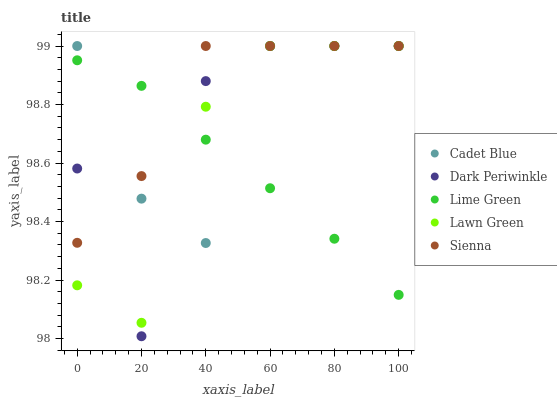
| xaxis_label | Cadet Blue | Dark Periwinkle | Lime Green | Lawn Green | Sienna |
 | --- | --- | --- | --- | --- | --- |
 | 0 | 99 | 98.6 | 99 | 98.2 | 98.3 |
 | 20 | 98.5 | 98 | 98.9 | 98.1 | 98.6 |
 | 40 | 98.3 | 98.9 | 98.7 | 98.8 | 99 |
 | 60 | 99 | 99 | 98.5 | 99 | 99 |
 | 80 | 99 | 99 | 98.3 | 99 | 99 |
 | 100 | 99 | 99 | 98.1 | 99 | 99 |